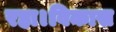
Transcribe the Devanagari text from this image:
रहा।विकास